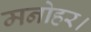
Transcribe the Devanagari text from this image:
मनोहर।